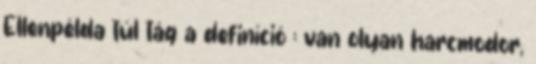
Ellenpélda túl tág a definíció : van olyan harcmodor,